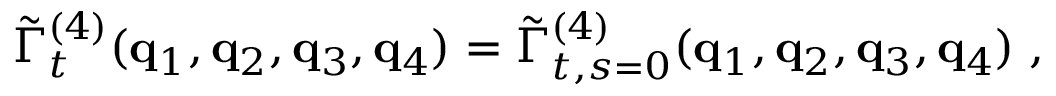
\tilde { \Gamma } _ { t } ^ { ( 4 ) } ( { \bf { q } } _ { 1 } , { \bf { q } } _ { 2 } , { \bf { q } } _ { 3 } , { \bf { q } } _ { 4 } ) = \tilde { \Gamma } _ { t , s = 0 } ^ { ( 4 ) } ( { \bf { q } } _ { 1 } , { \bf { q } } _ { 2 } , { \bf { q } } _ { 3 } , { \bf { q } } _ { 4 } ) \; ,